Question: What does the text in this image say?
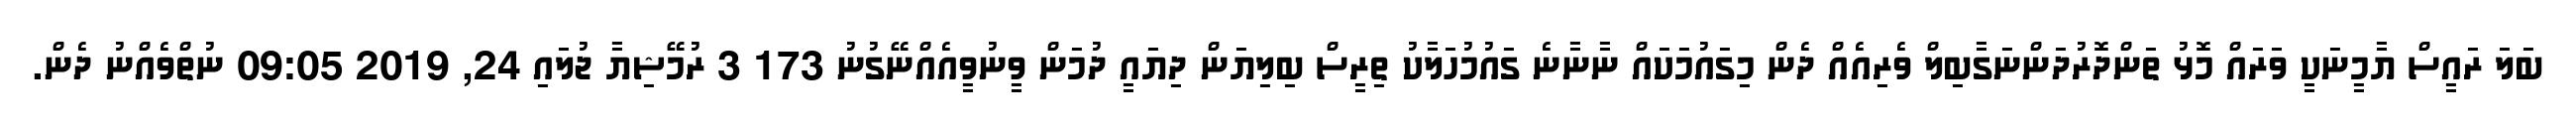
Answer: ބަލަ ރައީސް ޔާމީނަކީ ވަރައް މޮޅު ތަންދޮރުދަންނަގާބިލް ވެރިއެއް ދެން މިގައުމަކައް ނާނާނެ ގައުމުހަލާކު ތިރީސް ބިލިޔަން ދިޔައީ ދުމަން ވީނުވީއެއްނޭގުނު 173 3 ރުމޭޝިޔާ ޖުލައި 24, 2019 09:05 ނުތްވެއްނު ދެން.